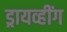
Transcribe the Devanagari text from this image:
ड्रायव्हींग